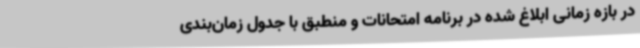
در بازه زمانی ابلاغ شده در برنامه امتحانات و منطبق با جدول زمان‌بندی